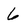
Character: 6